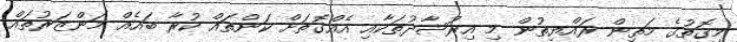
މިގޮތުގެ މަތިން ރައްޔިތުން މި އިރުޝާދުތަކާއި އެއްގޮތަށް ކަންތައް ކުރާ ބައެއް މަންޒަރުތައް